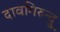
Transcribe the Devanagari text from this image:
दावमिरुन्दु